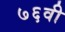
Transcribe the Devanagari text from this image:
७६वी